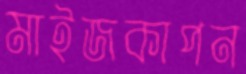
মাইজকাপন